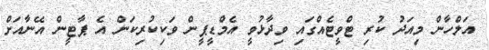
އަލްހާން މިއަދު ކުރި ޓްވީޓެއްގައި ވިދާޅުވީ އެމްޑީޕީން ވަކިކުރިކަން އެ ޕާޓީން އޭނާއަށް